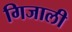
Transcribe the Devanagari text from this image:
गिजाली